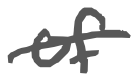
Text: of
Cross-out: single-line
Writing tool: digital_gray